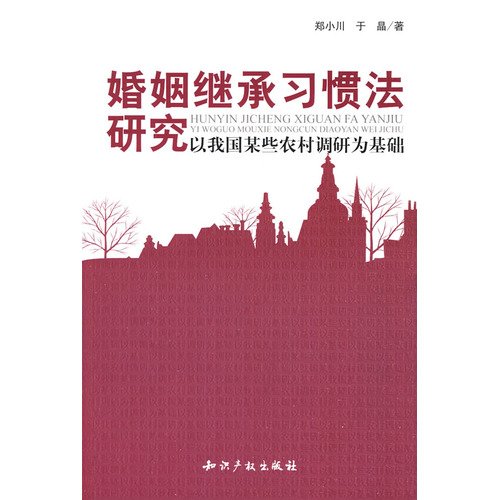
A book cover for Customary Law of marriage and inheritance: a survey of some rural-based (paperback); ZHENG XIAO CHUAN; Law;